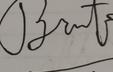
Signature authenticity: forged